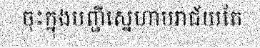
ចុះក្នុងបញ្ជីស្នេហាបរាជ័យតែ